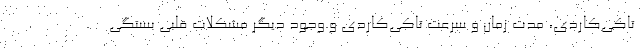
تاکی‌کاردی، مدت زمان و سرعت تاکی‌کاردی و وجود دیگر مشکلات قلبی بستگی